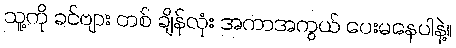
သူ့ကို ခင်ဗျား တစ် ချိန်လုံး အကာအကွယ် ပေးမနေပါနဲ့။